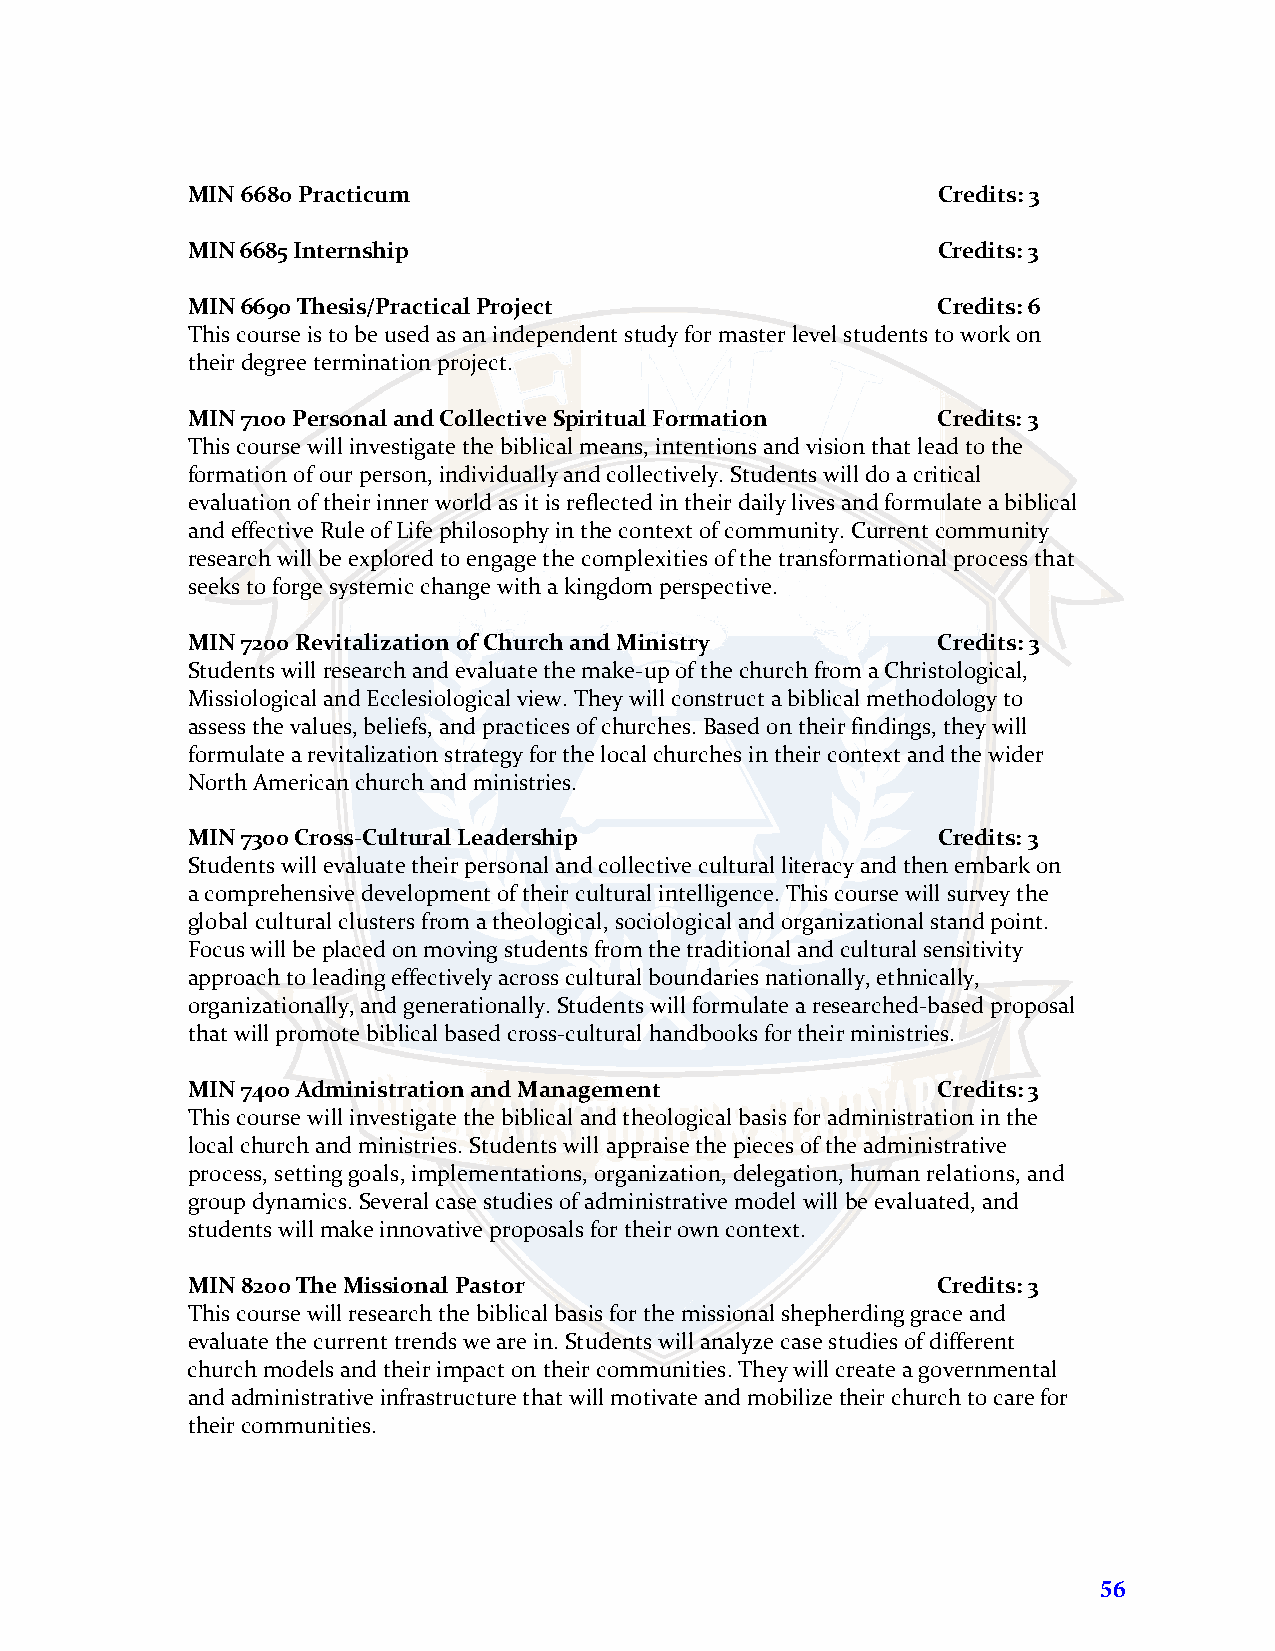
MIN 6680 Practicum                                Credits: 3
 MIN 6685 Internship                               Credits: 3
 MIN 6690 Thesis/Practical Project                 Credits: 6
 This course is to be used as an independent study for master level students to work on
 their degree termination project.
 MIN 7100 Personal and Collective Spiritual Formation Credits: 3
 This course will investigate the biblical means, intentions and vision that lead to the
 formation of our person, individually and collectively. Students will do a critical
 evaluation of their inner world as it is reflected in their daily lives and formulate a biblical
 and effective Rule of Life philosophy in the context of community. Current community
 research will be explored to engage the complexities of the transformational process that
 seeks to forge systemic change with a kingdom perspective.
 MIN 7200 Revitalization of Church and Ministry    Credits: 3
 Students will research and evaluate the make-up of the church from a Christological,
 Missiological and Ecclesiological view. They will construct a biblical methodology to
 assess the values, beliefs, and practices of churches. Based on their findings, they will
 formulate a revitalization strategy for the local churches in their context and the wider
 North American church and ministries.
 MIN 7300 Cross-Cultural Leadership                Credits: 3
 Students will evaluate their personal and collective cultural literacy and then embark on
 a comprehensive development of their cultural intelligence. This course will survey the
 global cultural clusters from a theological, sociological and organizational stand point.
 Focus will be placed on moving students from the traditional and cultural sensitivity
 approach to leading effectively across cultural boundaries nationally, ethnically,
 organizationally, and generationally. Students will formulate a researched-based proposal
 that will promote biblical based cross-cultural handbooks for their ministries.
 MIN 7400 Administration and Management            Credits: 3
 This course will investigate the biblical and theological basis for administration in the
 local church and ministries. Students will appraise the pieces of the administrative
 process, setting goals, implementations, organization, delegation, human relations, and
 group dynamics. Several case studies of administrative model will be evaluated, and
 students will make innovative proposals for their own context.
 MIN 8200 The Missional Pastor                     Credits: 3
 This course will research the biblical basis for the missional shepherding grace and
 evaluate the current trends we are in. Students will analyze case studies of different
 church models and their impact on their communities. They will create a governmental
 and administrative infrastructure that will motivate and mobilize their church to care for
 their communities.
 56